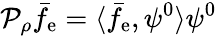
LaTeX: \mathcal{P}_{\rho}\bar{f}_{\mathrm{e}}=\langle\bar{f}_{\mathrm{e}},\psi^{0}\rangle\psi^{0}